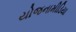
યોજનામીડિયા